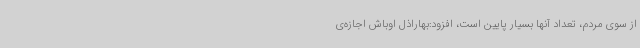
از سوی مردم، تعداد آنها بسیار پایین است، افزود:بهاراذل اوباش اجازه‌ی